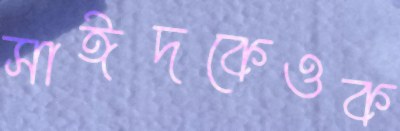
সাঈদকেওক